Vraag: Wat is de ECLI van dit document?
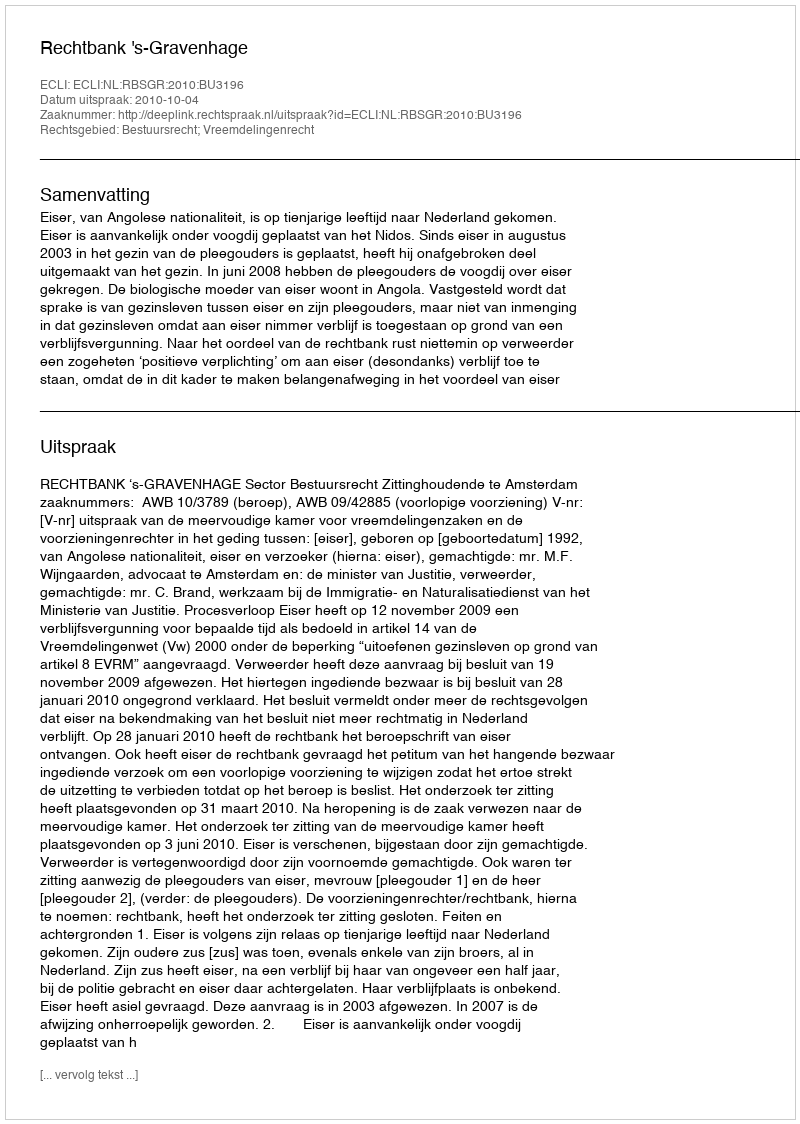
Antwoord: ECLI:NL:RBSGR:2010:BU3196